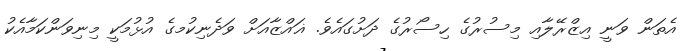
އެތަން ވަނީ އިޒްރޭލާއި މިސުރުގެ ހިސޯރުގެ ދަށުގައެވެ. ޣައްޒާއަށް ވަދެނިކުމގެ އުޅުމަކީ މިނިވަންކަމާއެކު